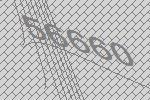
56660